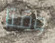
وقتا